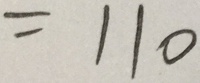
= 1 1 0